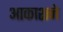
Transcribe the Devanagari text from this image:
आकाशने